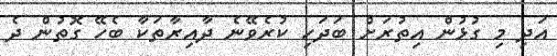
އަދި މި ގުޅުން އިތުރަށް ބަދަހި ކުރެވޭނެ ދާއިރާތަކާ ބެހޭ ގޮތުން ދެ